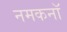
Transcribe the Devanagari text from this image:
नमकनॉ